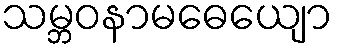
သမ္ဘဝနာမဓေယျော